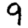
Digit: 9